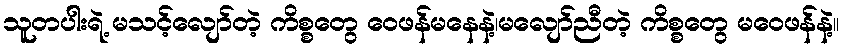
သူတပါးရဲ့ မသင့်လျော်တဲ့ ကိစ္စတွေ ဝေဖန်မနေနဲ့၊မလျော်ညီတဲ့ ကိစ္စတွေ မဝေဖန်နဲ့။